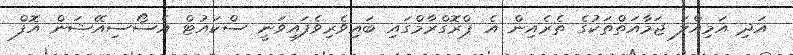
އަދި އަމިއްލަ ޖަމާއަތްތަކުގެ ތެރެއިން އެ ޕްރޮގްރާމްގައި ބައިވެރިވެފައިވަނީ ސްކައުޓް އެސޯސިއޭޝަން އޮފް